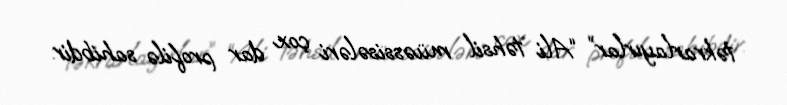
təkrarlayırlar” “Ali təhsil müəssisələri çox dar profilə sahibdir.